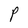
Character: P